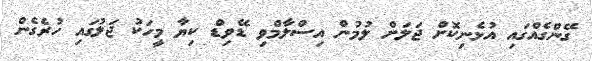
ގޭންގެއްގައި އުޅެނިކޮށް ޖަލަށް ލުމުން އިސްލާމްވި ޑޭވިޑް ކިޔާ މީހަކު ޖަލުގައި ހުރެގެން